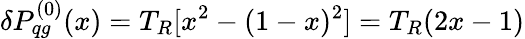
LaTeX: \delta P_{qg}^{(0)}(x)=T_{R}[x^{2}-(1-x)^{2}]=T_{R}(2x-1)